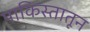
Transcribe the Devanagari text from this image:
पाकिस्तातून